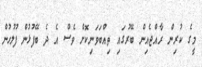
މީގެ ކުރިން ރާއްޖެއިން ބޭރުގައި ތިއްބަވަނިކޮށް ވެސް އެ ދެ ބޭފުޅުން ފުލުހުން